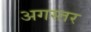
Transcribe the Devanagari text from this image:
अगस्तर